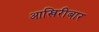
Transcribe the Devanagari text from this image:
आखिरीबार